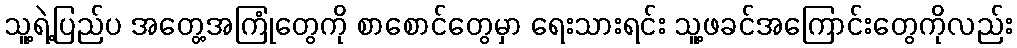
သူ့ရဲ့ပြည်ပ အတွေ့အကြုံတွေကို စာစောင်တွေမှာ ရေးသားရင်း သူ့ဖခင်အကြောင်းတွေကိုလည်း